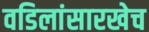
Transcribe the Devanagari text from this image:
वडिलांसारखेच